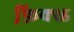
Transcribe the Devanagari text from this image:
फ़ि़क्स्ड